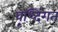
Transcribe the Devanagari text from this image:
वृध्दिंगत